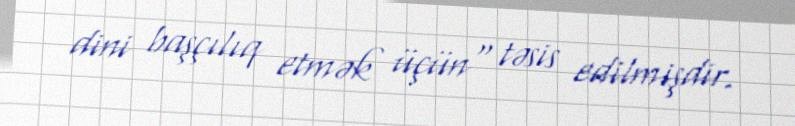
dini başçılıq etmək üçün" təsis edilmişdir.